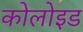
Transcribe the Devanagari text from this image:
कोलोइड